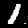
Digit: 1